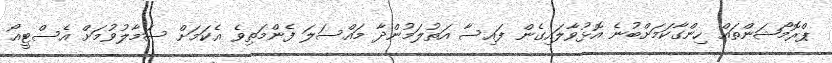
ޕްރޮމޯޝަންތައް ހިންގާކަމަށްބުނެ އޮޅުވާލައިގެން ފައިސާ އަތުލަމުންދާ މައްސަލަ ފެންމަތިވެ އެކަމަށް ސަމާލުވުމަށް އެސްޓީއޯ